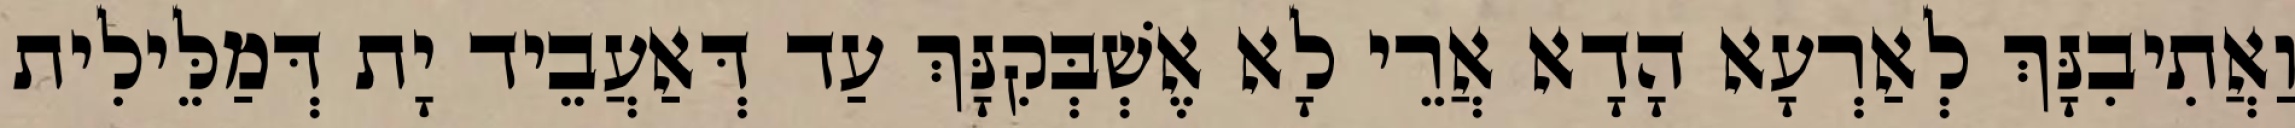
וַאֲתִיבִנָּךְ לְאַרְעָא הָדָא אֲרֵי לָא אֶשְׁבְּקִנָּךְ עַד דְּאַעֲבֵיד יָת דְּמַלֵּילִית